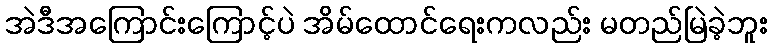
အဲဒီအကြောင်းကြောင့်ပဲ အိမ်ထောင်ရေးကလည်း မတည်မြဲခဲ့ဘူး